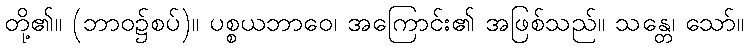
တို့၏။ (ဘာဝ၌စပ်)။ ပစ္စယဘာဝေ၊ အကြောင်း၏ အဖြစ်သည်။ သန္တေ၊ သော်။